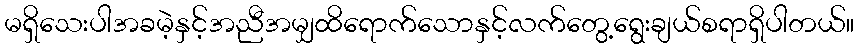
မရှိသေးပါအခမဲ့နှင့်အညီအမျှထိရောက်သောနှင့်လက်တွေ့ရွေးချယ်စရာရှိပါတယ်။